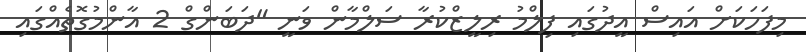
މިފަހަކަށް އައިސް އީދުގައި ފިލްމު ރިލީޒްކުރާ ސަލްމާން ވަނީ "ދަބަންގް 2 އާންމުގޮތެއްގައި